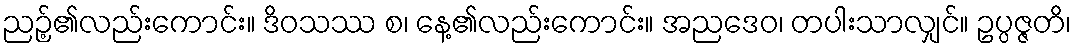
ညဉ့်၏လည်းကောင်း။ ဒိဝသဿ စ၊ နေ့၏လည်းကောင်း။ အညဒေဝ၊ တပါးသာလျှင်။ ဥပ္ပဇ္ဇတိ၊